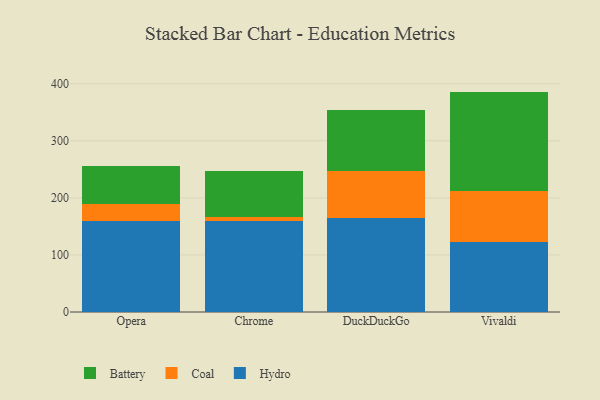
{"axis": {"x": "Browser", "y": "Temperature (°C)"}, "legend": ["Battery", "Coal", "Hydro"], "data": [{"x": "Opera", "y": 159.3, "type": "Hydro"}, {"x": "Opera", "y": 30.5, "type": "Coal"}, {"x": "Opera", "y": 66.6, "type": "Battery"}, {"x": "Chrome", "y": 159.6, "type": "Hydro"}, {"x": "Chrome", "y": 6.8, "type": "Coal"}, {"x": "Chrome", "y": 80.7, "type": "Battery"}, {"x": "DuckDuckGo", "y": 165.2, "type": "Hydro"}, {"x": "DuckDuckGo", "y": 81.6, "type": "Coal"}, {"x": "DuckDuckGo", "y": 107.1, "type": "Battery"}, {"x": "Vivaldi", "y": 123.5, "type": "Hydro"}, {"x": "Vivaldi", "y": 88.6, "type": "Coal"}, {"x": "Vivaldi", "y": 174.1, "type": "Battery"}]}